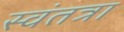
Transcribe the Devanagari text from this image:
स्वंतत्रा